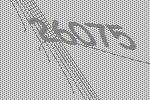
26075